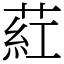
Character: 葒